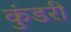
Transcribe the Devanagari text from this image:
कुंडरी